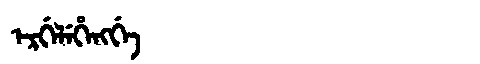
Manchu: ᡝᡵᡤᡝᠯᡝᡥᡝᠩᡤᡝ
Romanization: ERGELEHENGGE